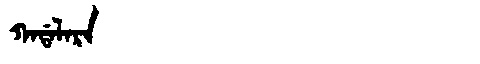
Manchu: ᡴᠠᡩᠠᠯᠠᡵᠠ
Romanization: KADALARA